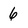
Character: 6